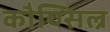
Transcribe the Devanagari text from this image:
कौण्सिल्र